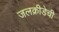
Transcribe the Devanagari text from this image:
जलक्रीडेची